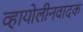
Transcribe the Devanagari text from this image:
व्हायोलीनवादक